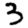
Digit: 3